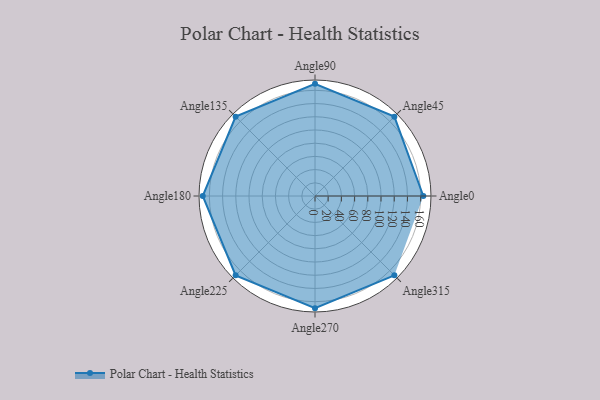
{"axis": {"x": "Angle", "y": "Radius"}, "legend": [""], "data": [{"x": "Angle0", "y": 164.0, "type": ""}, {"x": "Angle45", "y": 170.0, "type": ""}, {"x": "Angle90", "y": 170, "type": ""}, {"x": "Angle135", "y": 170, "type": ""}, {"x": "Angle180", "y": 170, "type": ""}, {"x": "Angle225", "y": 170, "type": ""}, {"x": "Angle270", "y": 170, "type": ""}, {"x": "Angle315", "y": 170, "type": ""}]}